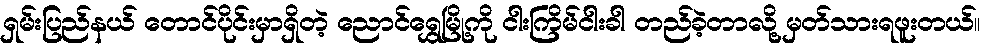
ရှမ်းပြည်နယ် တောင်ပိုင်းမှာရှိတဲ့ ညောင်ရွှေမြို့ကို ငါးကြိမ်ငါးခါ တည်ခဲ့တာလို့ မှတ်သားရဖူးတယ်။